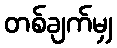
တစ်ချက်မျှ